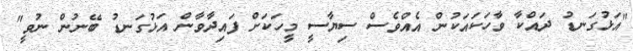
"އަޅުގަނޑު ދައްކާ ވާހަކައަކުން އެއްވެސް ސިޔާސީ މީހަކަށް ފައިދާވާން އަޅުގަނޑު ބޭނުން ނުވީ"